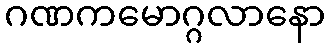
ဂဏကမောဂ္ဂလာနော